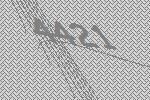
4421